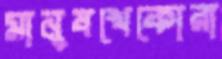
মানুষখেকোরা